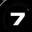
Digit: 7